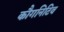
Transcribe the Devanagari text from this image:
कौगनिटिव